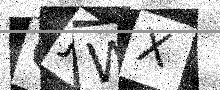
Text: CJWX